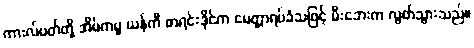
ကားလ်ဗတ်တို့ အိမ်ကမူ ယန်ကီ စာရင်းဒိုင်က မေတ္တာရပ်ခံသဖြင့် မီးဘေးက လွတ်သွားသည်။